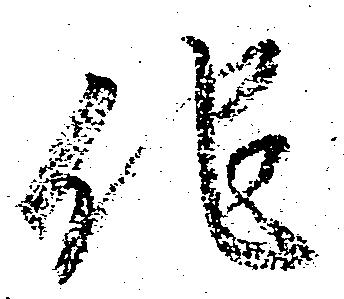
他